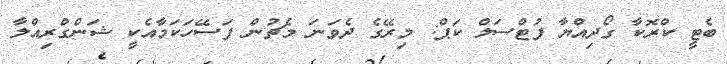
ބެޓީ ކްރޮކާ ގޯދިއްޔާ ފުޓްސަލް ކަޕް: މިރޭގެ ދެވަނަ މެޗުން ފަަސޭހަކަމާއެކީ ޝަންގްރިއްލާ